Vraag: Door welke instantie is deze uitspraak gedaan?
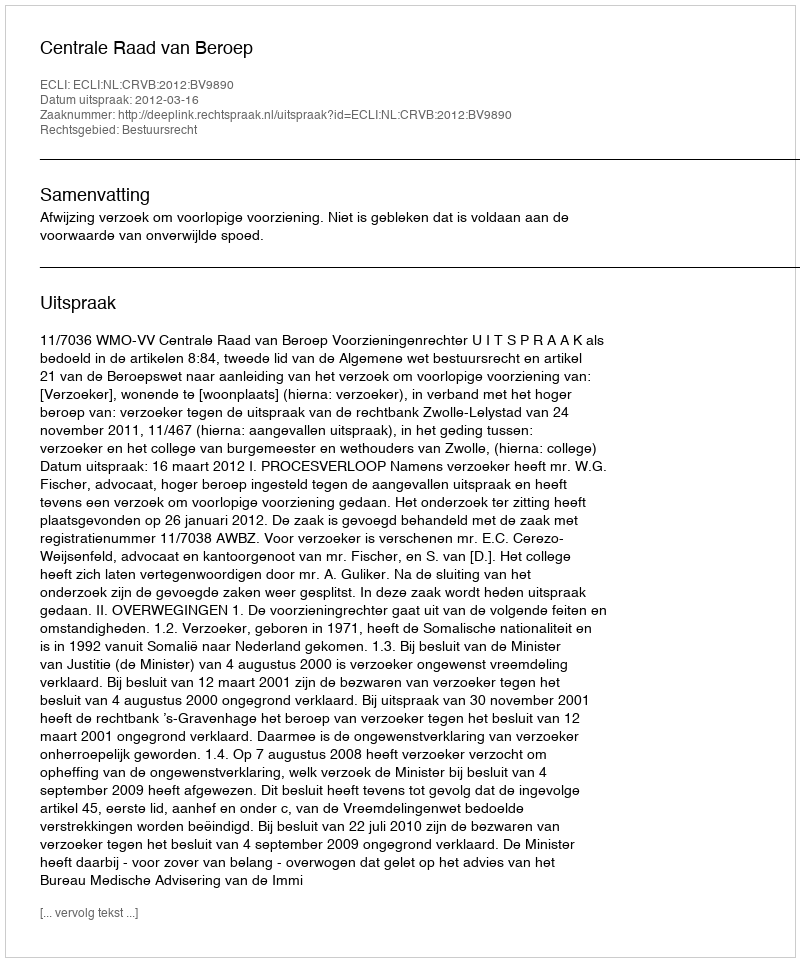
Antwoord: Centrale Raad van Beroep